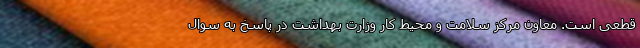
قطعی است. معاون مرکز سلامت و محیط کار وزارت بهداشت در پاسخ به سوال